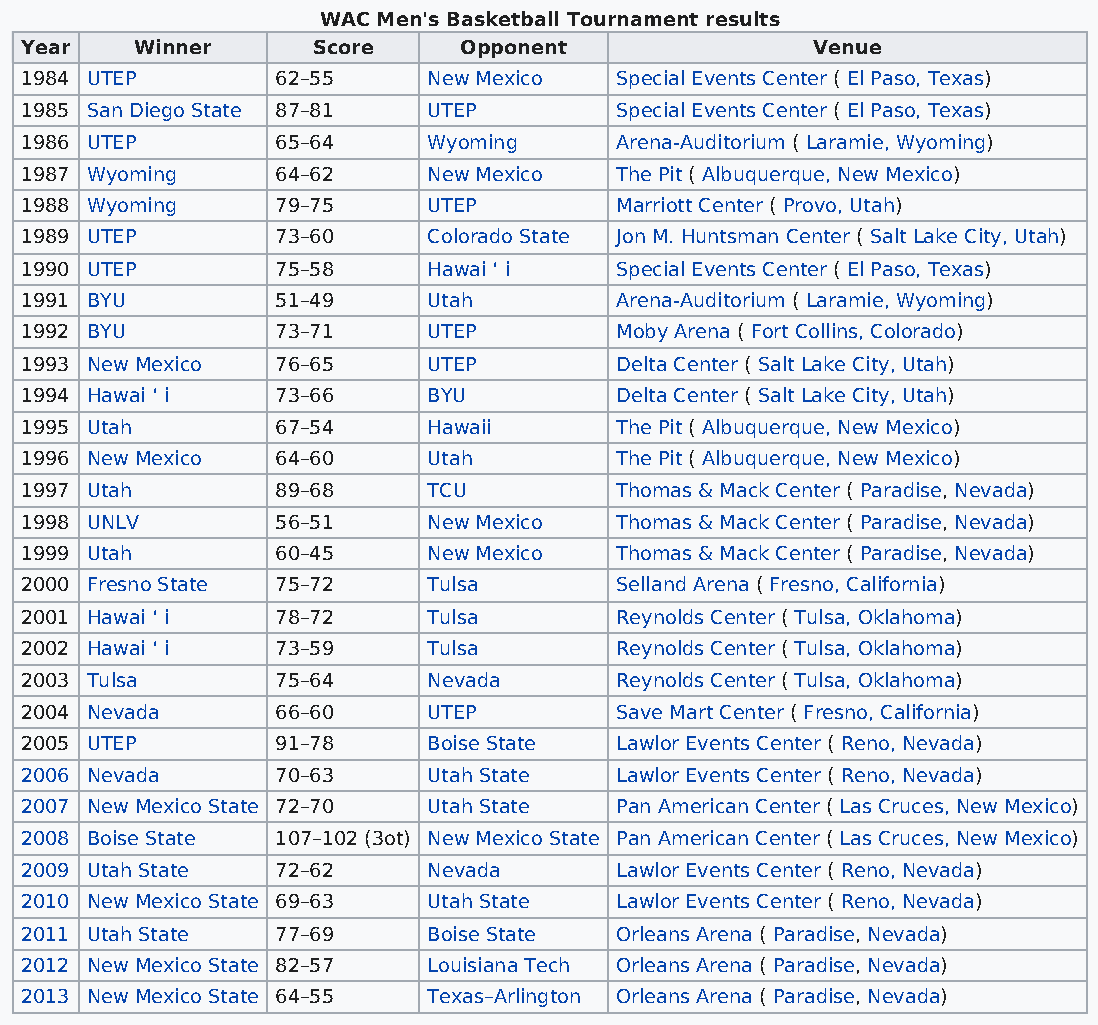
WAC Men's Basketball Tournament results
 Year    Winner      Score    Opponent                Venue
 1984 UTEP        62–55     New Mexico   Special Events Center ( El Paso, Texas)
 1985 San Diego State 87–81 UTEP         Special Events Center ( El Paso, Texas)
 1986 UTEP        65–64     Wyoming      Arena-Auditorium ( Laramie, Wyoming)
 1987 Wyoming     64–62     New Mexico   The Pit ( Albuquerque, New Mexico)
 1988 Wyoming     79–75     UTEP         Marriott Center ( Provo, Utah)
 1989 UTEP        73–60     Colorado State Jon M. Huntsman Center ( Salt Lake City, Utah)
 1990 UTEP        75–58     Hawai ʻ i    Special Events Center ( El Paso, Texas)
 1991 BYU         51–49     Utah         Arena-Auditorium ( Laramie, Wyoming)
 1992 BYU         73–71     UTEP         Moby Arena ( Fort Collins, Colorado)
 1993 New Mexico  76–65     UTEP         Delta Center ( Salt Lake City, Utah)
 1994 Hawai ʻ i   73–66     BYU          Delta Center ( Salt Lake City, Utah)
 1995 Utah        67–54     Hawaii       The Pit ( Albuquerque, New Mexico)
 1996 New Mexico  64–60     Utah         The Pit ( Albuquerque, New Mexico)
 1997 Utah        89–68     TCU          Thomas & Mack Center ( Paradise, Nevada)
 1998 UNLV        56–51     New Mexico   Thomas & Mack Center ( Paradise, Nevada)
 1999 Utah        60–45     New Mexico   Thomas & Mack Center ( Paradise, Nevada)
 2000 Fresno State 75–72    Tulsa        Selland Arena ( Fresno, California)
 2001 Hawai ʻ i   78–72     Tulsa        Reynolds Center ( Tulsa, Oklahoma)
 2002 Hawai ʻ i   73–59     Tulsa        Reynolds Center ( Tulsa, Oklahoma)
 2003 Tulsa       75–64     Nevada       Reynolds Center ( Tulsa, Oklahoma)
 2004 Nevada      66–60     UTEP         Save Mart Center ( Fresno, California)
 2005 UTEP        91–78     Boise State  Lawlor Events Center ( Reno, Nevada)
 2006 Nevada      70–63     Utah State   Lawlor Events Center ( Reno, Nevada)
 2007 New Mexico State 72–70 Utah State  Pan American Center ( Las Cruces, New Mexico)
 2008 Boise State 107–102 (3ot) New Mexico State Pan American Center ( Las Cruces, New Mexico)
 2009 Utah State  72–62     Nevada       Lawlor Events Center ( Reno, Nevada)
 2010 New Mexico State 69–63 Utah State  Lawlor Events Center ( Reno, Nevada)
 2011 Utah State  77–69     Boise State  Orleans Arena ( Paradise, Nevada)
 2012 New Mexico State 82–57 Louisiana Tech Orleans Arena ( Paradise, Nevada)
 2013 New Mexico State 64–55 Texas–Arlington Orleans Arena ( Paradise, Nevada)